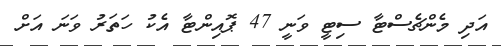
އަދި މެންޗެސްޓާ ސިޓީ ވަނީ 47 ޕޮއިންޓާ އެކު ހަތަރު ވަނަ އަށް